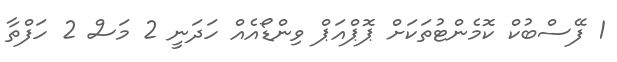
1 ފޭސްބުކް ކޮމެންޓުތަކަށް ޕޮޕްއަޕް ވިންޑޯއެއް ހަދަނީ 2 މަސް 2 ހަފްތާ